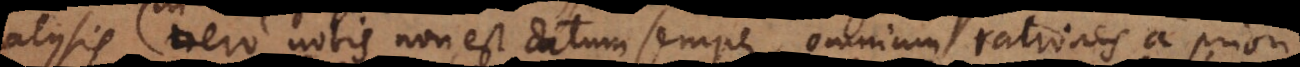
Quoniam vero nobis non est datum semper omnium rationes a priori